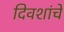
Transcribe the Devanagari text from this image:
दिवशांचे